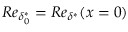
R e _ { \delta _ { 0 } ^ { * } } = R e _ { \delta ^ { * } } ( x = 0 )